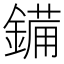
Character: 𮢫